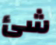
شئ